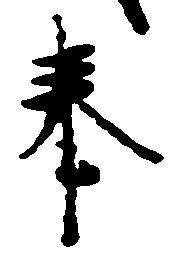
奉